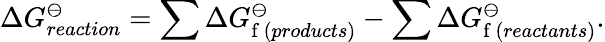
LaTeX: \Delta G_{reaction}^{\ominus}=\sum\Delta G_{\mathrm{f}\, (products)}^{\ominus}-\sum\Delta G_{\mathrm{f}\, (reactants)}^{\ominus}.